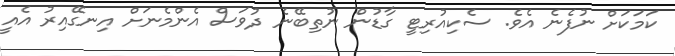
ކަމަކަށް ނުފެނެ އެވެ. ސެކިއުރިޓީ ގާޑުން ނުތިބޭނެ ދުވަސް އެންމެނަށް އިނގޭއިރު އެއީ